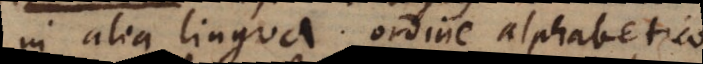
in alia lingua ordine alphabetico.